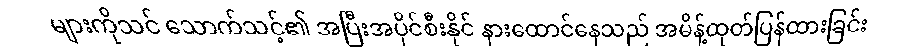
များကိုသင် သောက်သင့်၏ အပြီးအပိုင်စီးနိုင် နားထောင်နေသည် အမိန့်ထုတ်ပြန်ထားခြင်း